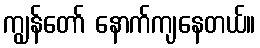
ကျွန်တော် နောက်ကျနေတယ်။